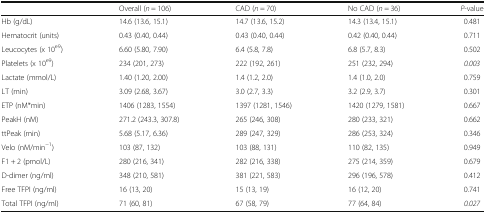
<table><thead><tr><td></td><td><b>Overall (<i>n</i> = 106)</b></td><td><b>CAD (<i>n</i> = 70)</b></td><td><b>No CAD (<i>n</i> = 36)</b></td><td><b><i>P</i>-value</b></td></tr></thead><tbody><tr><td>Hb (g/dL)</td><td>14.6 (13.6, 15.1)</td><td>14.7 (13.6, 15.2)</td><td>14.3 (13.4, 15.1)</td><td>0.481</td></tr><tr><td>Hematocrit (units)</td><td>0.43 (0.40, 0.44)</td><td>0.43 (0.40, 0.44)</td><td>0.42 (0.40, 0.44)</td><td>0.711</td></tr><tr><td>Leucocytes (x 10<sup>e9</sup>)</td><td>6.60 (5.80, 7.90)</td><td>6.4 (5.8, 7.8)</td><td>6.8 (5.7, 8.3)</td><td>0.502</td></tr><tr><td>Platelets (x 10<sup>e9</sup>)</td><td>234 (201, 273)</td><td>222 (192, 261)</td><td>251 (232, 294)</td><td><i>0.003</i></td></tr><tr><td>Lactate (mmol/L)</td><td>1.40 (1.20, 2.00)</td><td>1.4 (1.2, 2.0)</td><td>1.4 (1.0, 2.0)</td><td>0.759</td></tr><tr><td>LT (min)</td><td>3.09 (2.68, 3.67)</td><td>3.0 (2.7, 3.3)</td><td>3.2 (2.9, 3.7)</td><td>0.301</td></tr><tr><td>ETP (nM*min)</td><td>1406 (1283, 1554)</td><td>1397 (1281, 1546)</td><td>1420 (1279, 1581)</td><td>0.667</td></tr><tr><td>PeakH (nM)</td><td>271.2 (243.3, 307.8)</td><td>265 (246, 308)</td><td>280 (233, 321)</td><td>0.662</td></tr><tr><td>ttPeak (min)</td><td>5.68 (5.17, 6.36)</td><td>289 (247, 329)</td><td>286 (253, 324)</td><td>0.346</td></tr><tr><td>Velo (nM/min<sup>−1</sup>)</td><td>103 (87, 132)</td><td>103 (88, 131)</td><td>110 (82, 135)</td><td>0.949</td></tr><tr><td>F1 + 2 (pmol/L)</td><td>280 (216, 341)</td><td>282 (216, 338)</td><td>275 (214, 359)</td><td>0.679</td></tr><tr><td>D-dimer (ng/ml)</td><td>348 (210, 581)</td><td>381 (221, 583)</td><td>296 (196, 578)</td><td>0.412</td></tr><tr><td>Free TFPI (ng/ml)</td><td>16 (13, 20)</td><td>15 (13, 19)</td><td>16 (12, 20)</td><td>0.741</td></tr><tr><td>Total TFPI (ng/ml)</td><td>71 (60, 81)</td><td>67 (58, 79)</td><td>77 (64, 84)</td><td><i>0.027</i></td></tr></tbody></table>